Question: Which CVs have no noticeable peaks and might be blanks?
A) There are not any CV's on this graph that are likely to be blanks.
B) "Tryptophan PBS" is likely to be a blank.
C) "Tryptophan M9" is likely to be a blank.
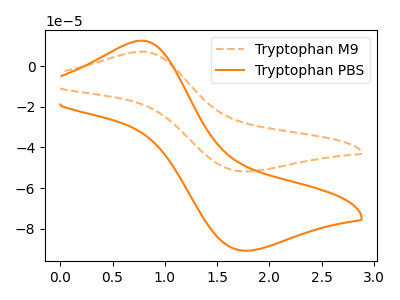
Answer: <think>The orange dashed curve "Tryptophan M9" has an anodic peak at (0.80V, 7.20uA) and a cathodic peak at (1.75V, -51.80uA). The orange curve "Tryptophan PBS" has an anodic peak at (0.80V, 12.60uA) and a cathodic peak at (1.75V, -90.80uA).</think>
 <answer>A) There are not any CV's on this graph that are likely to be blanks.</answer>
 <eval>A</eval>